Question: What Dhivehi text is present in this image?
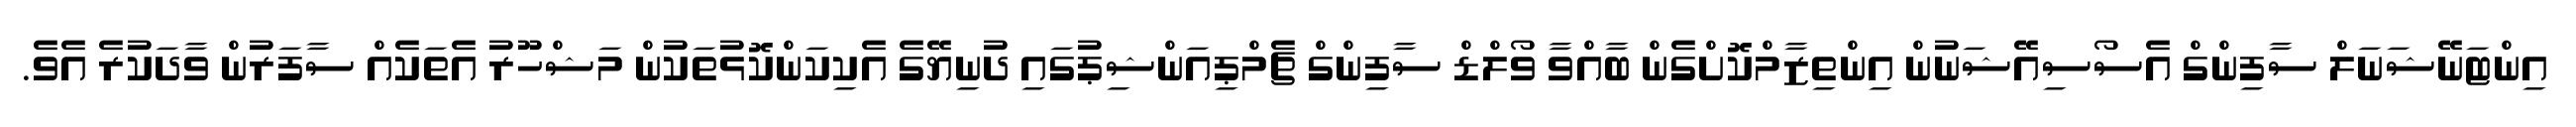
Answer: އިންޓަނޭޝަނަލް ސާފިންގް އެސޯސިއޭޝަނުން އިންތިޒާމްކޮށްގެން ބާއްވާ ވޯލްޑް ސާފިންގް ޗެމްޕިއަންޝިޕުގައި ދުނިޔޭގެ އެކިކަންކޮޅުތަކުން މަޝްހޫރު އެތަކެއް ސާފަރުން ވާދަކުރެ އެވެ.